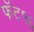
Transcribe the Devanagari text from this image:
फॅट१६